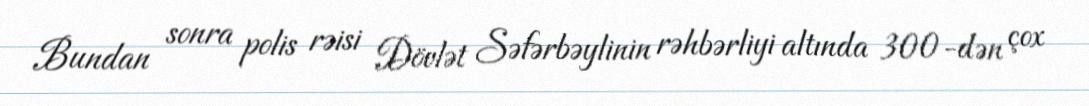
Bundan sonra polis rəisi Dövlət Səfərbəylinin rəhbərliyi altında 300-dən çox